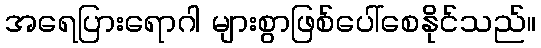
အရေပြားရောဂါ များစွာဖြစ်ပေါ်စေနိုင်သည်။